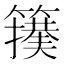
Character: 𮆢